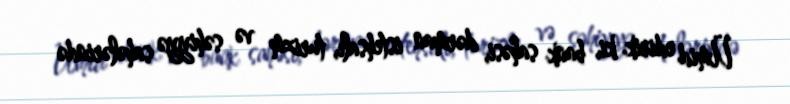
Ümid edirik ki, bank sahəsi, dərman istehsalı, turizm və səhiyyə sahələrində